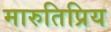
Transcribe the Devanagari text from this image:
मारुतिप्रिय